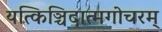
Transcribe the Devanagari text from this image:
यत्किञ्चिदात्मगोचरम्